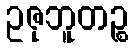
ဥဇုဘူတဉ္စ